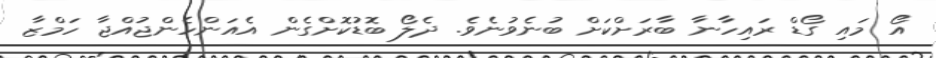
އޯ މައި ގޯޑް ރައިހާނާ ބާރަށްކަށް ބުނެވުނެވެ. ދެލޯ ބޮޑުކޮށްގެން އެއަންހެންޖުއްޖާ ހަމްޒާ